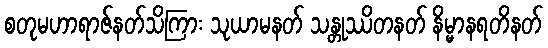
စတုမဟာရာဇ်နတ်သိကြား သုယာမနတ် သန္တုဿိတနတ် နိမ္မာနရတိနတ်